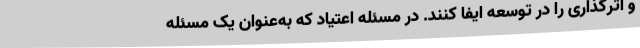
و اثرگذاری را در توسعه ایفا کنند. در مسئله اعتیاد که به‌عنوان یک مسئله